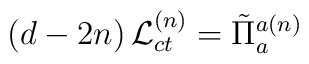
\left( d-2n\right) {\cal L}_{ct}^{\left( n\right) }=\tilde{\Pi}_{a}^{a\left(n\right) }